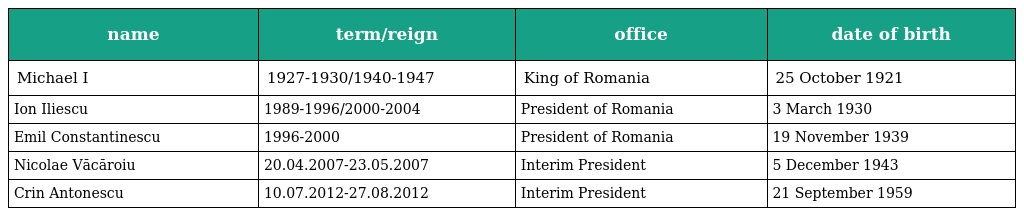
| name | term/reign | office | date of birth |
 | --- | --- | --- | --- |
 | Michael I | 1927-1930/1940-1947 | King of Romania | 25 October 1921 |
 | Ion Iliescu | 1989-1996/2000-2004 | President of Romania | 3 March 1930 |
 | Emil Constantinescu | 1996-2000 | President of Romania | 19 November 1939 |
 | Nicolae Văcăroiu | 20.04.2007-23.05.2007 | Interim President | 5 December 1943 |
 | Crin Antonescu | 10.07.2012-27.08.2012 | Interim President | 21 September 1959 |